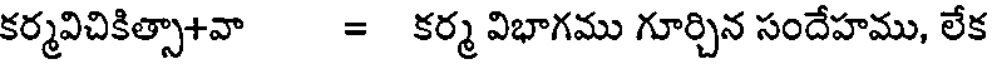
కర్మవిచికిత్సా+వా = కర్మ విభాగము గూర్చిన సందేహము, లేక